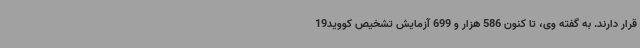
قرار دارند. به گفته وی، تا کنون 586 هزار و 699 آزمایش تشخیص کووید19